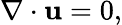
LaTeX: \nabla\cdot\mathbf{u}=0,